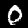
Label: 0